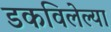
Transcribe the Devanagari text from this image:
डकविलेल्या